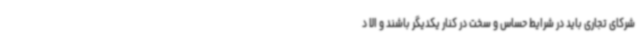
شرکای تجاری باید در شرایط حساس و سخت در کنار یکدیگر باشند و الا د